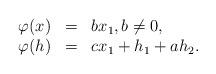
LaTeX: \begin{align*} \begin{array}{llll} \varphi(x)&=& bx_1, b\neq 0,\\ \varphi(h)&=& c x_1+h_1+ah_2. \end{array} \end{align*}